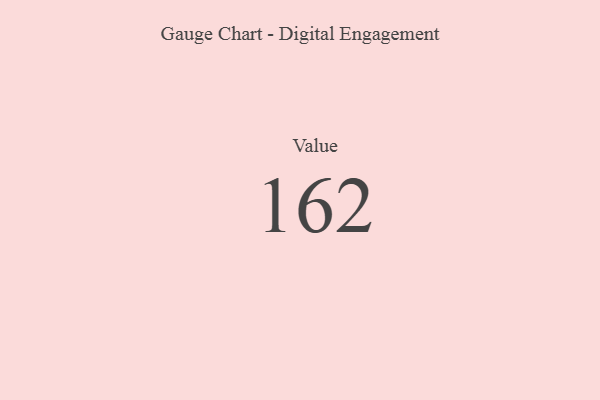
{"axis": {"x": "Metric", "y": "Value"}, "legend": [""], "data": [{"x": "Value", "y": 162, "type": ""}]}